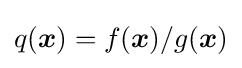
q({\boldsymbol {x}})=f({\boldsymbol {x}})/g({\boldsymbol {x}})